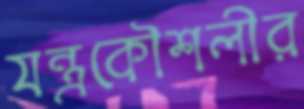
যন্ত্রকৌশলীর